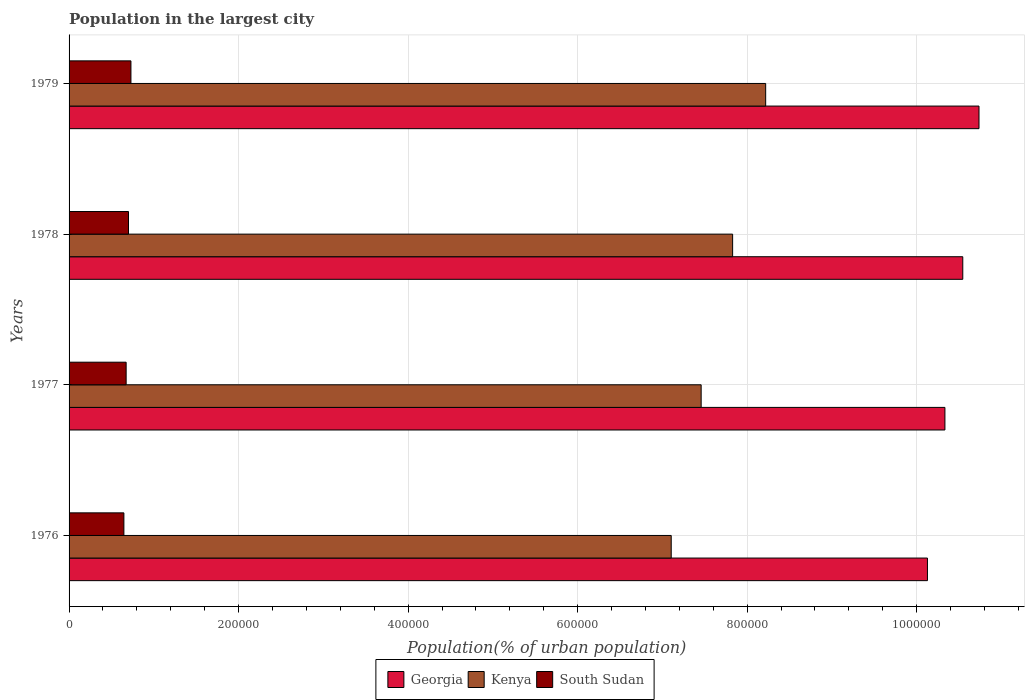
| Years | Georgia | Kenya | South Sudan |
 | --- | --- | --- | --- |
 | 1976 | 1.01e+06 | 7.1e+05 | 6.47e+04 |
 | 1977 | 1.03e+06 | 7.46e+05 | 6.73e+04 |
 | 1978 | 1.05e+06 | 7.83e+05 | 7.01e+04 |
 | 1979 | 1.07e+06 | 8.22e+05 | 7.3e+04 |